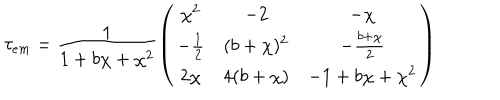
LaTeX: \tau _ { e m } = \frac { 1 } { 1 + b \chi + \chi ^ { 2 } } \left( \begin{array} { c c c } { { \chi ^ { 2 } } } & { { - 2 } } & { { - \chi } } \\ { { - \frac { 1 } { 2 } } } & { { ( b + \chi ) ^ { 2 } } } & { { - \frac { b + \chi } { 2 } } } \\ { { 2 \chi } } & { { 4 ( b + \chi ) } } & { { - 1 + b \chi + \chi ^ { 2 } } } \\ \end{array} \right)